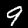
Digit: 9